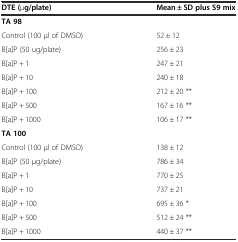
<table><thead><tr><td><b>DTE (μg/plate)</b></td><td><b>Mean ± SD plus S9 mix</b></td></tr></thead><tbody><tr><td><b>TA 98</b></td><td></td></tr><tr><td>Control (100 μl of DMSO)</td><td>52 ± 12</td></tr><tr><td>B[a]P (50 ug/plate)</td><td>256 ± 23</td></tr><tr><td>B[a]P + 1</td><td>247 ± 21</td></tr><tr><td>B[a]P + 10</td><td>240 ± 18</td></tr><tr><td>B[a]P + 100</td><td>212 ± 20 **</td></tr><tr><td>B[a]P + 500</td><td>167 ± 16 **</td></tr><tr><td>B[a]P + 1000</td><td>106 ± 17 **</td></tr><tr><td><b>TA 100</b></td><td></td></tr><tr><td>Control (100 μl of DMSO)</td><td>138 ± 12</td></tr><tr><td>B[a]P (50 μg/plate)</td><td>786 ± 34</td></tr><tr><td>B[a]P + 1</td><td>770 ± 25</td></tr><tr><td>B[a]P + 10</td><td>737 ± 21</td></tr><tr><td>B[a]P + 100</td><td>695 ± 36 *</td></tr><tr><td>B[a]P + 500</td><td>512 ± 24 **</td></tr><tr><td>B[a]P + 1000</td><td>440 ± 37 **</td></tr></tbody></table>